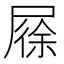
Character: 𡲰